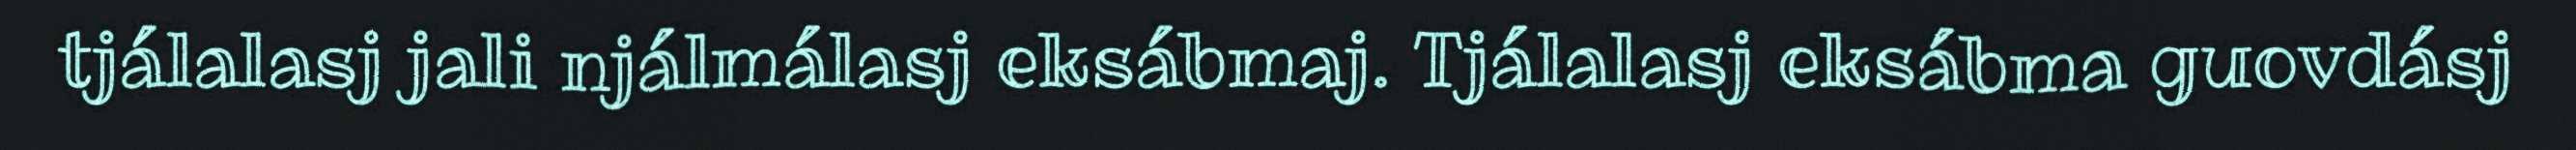
tjálalasj jali njálmálasj eksábmaj. Tjálalasj eksábma guovdásj